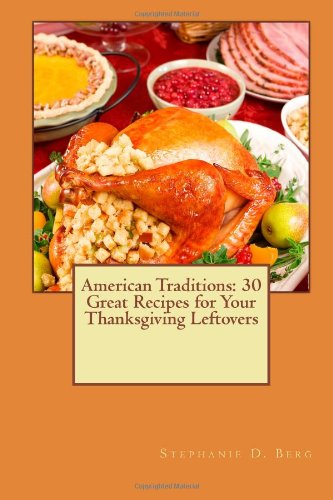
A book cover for American Traditions: 30 Great Recipes for Your Thanksgiving Leftovers (Volume 3); Stephanie D Berg; Cookbooks, Food & Wine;